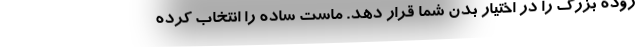
روده بزرگ را در اختیار بدن شما قرار دهد. ماست ساده را انتخاب کرده